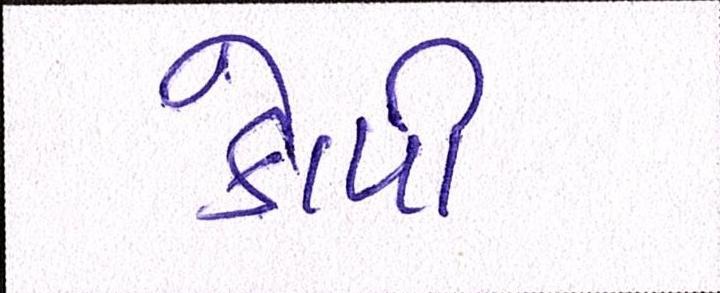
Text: કોપી